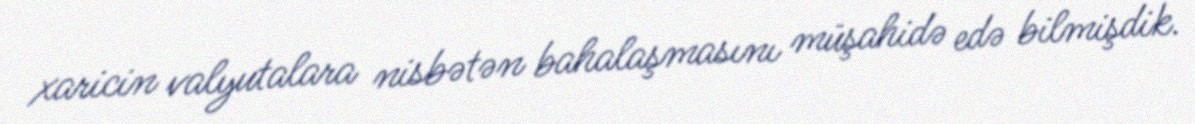
xaricin valyutalara nisbətən bahalaşmasını müşahidə edə bilmişdik.